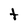
Character: t